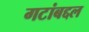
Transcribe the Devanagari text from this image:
गटांबद्दल